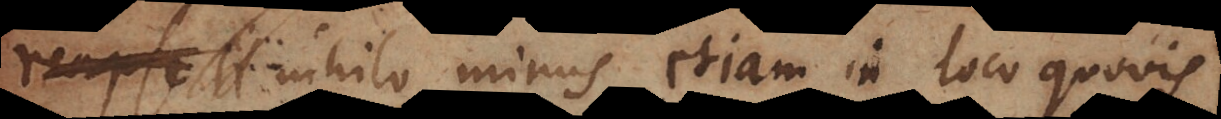
emini. Nihilo minus etiam in loco quovis